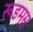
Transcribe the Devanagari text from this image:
रूडमस